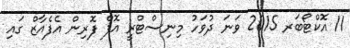
11 އޮކްޓޯބަރ 2015 ވަނަ ދުވަހު މިނިސްޓްރީ އޮފް ފޮރިން އެފެއާޒް ގައި